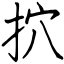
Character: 㧒